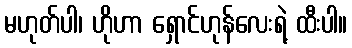
မဟုတ်ပါ၊ ဟိုဟာ ရှောင်ဟုန်လေးရဲ့ ထီးပါ။